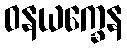
ဝနယက္ခေန